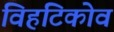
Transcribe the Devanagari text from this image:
विहटिकोव